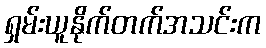
ရှမ်းယူနိုက်တက်အသင်းက